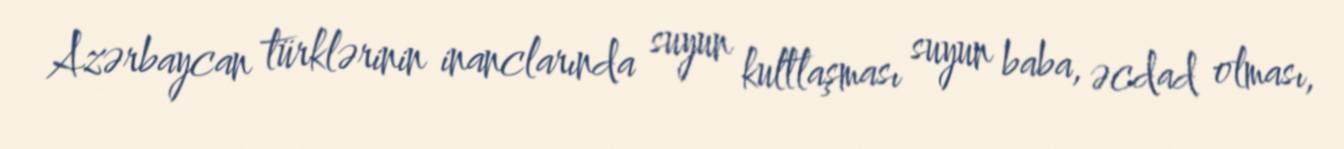
Azərbaycan türklərinin inanclarında suyun kultlaşması suyun baba, əcdad olması,